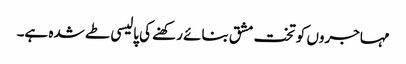
مہاجروں کو تخت مشق بنائے رکھنے کی پالیسی طے شدہ ہے۔